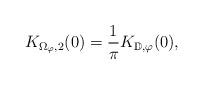
LaTeX: \begin{align*}K_{\Omega_\varphi,2}(0)=\frac{1}{\pi}K_{\mathbb{D},\varphi}(0),\end{align*}